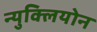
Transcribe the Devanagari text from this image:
न्युक्लियोन